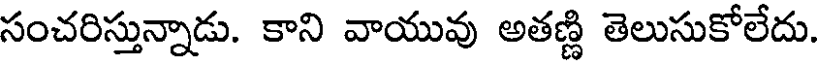
సంచరిస్తున్నాడు. కాని వాయువు అతణ్ణి తెలుసుకోలేదు.